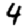
Digit: 4